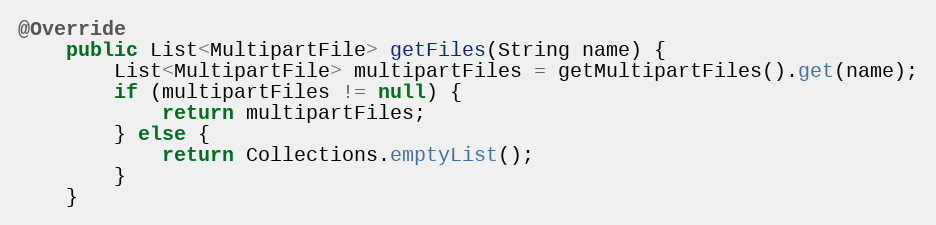
Language: Java
@Override
    public List<MultipartFile> getFiles(String name) {
        List<MultipartFile> multipartFiles = getMultipartFiles().get(name);
        if (multipartFiles != null) {
            return multipartFiles;
        } else {
            return Collections.emptyList();
        }
    }